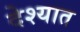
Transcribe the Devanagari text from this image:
देश्यात